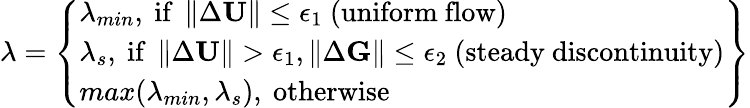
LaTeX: \lambda=\left\{ \begin{array}{l}{\lambda_{min},\mathrm{~if~}\left\| \Delta\textbf{U}\right\| \leq\epsilon_{1}\mathrm{~(uniform~flow)}}\\ {\lambda_{s},\mathrm{~if~}\left\| \Delta\textbf{U}\right\| >\epsilon_{1},\left\| \Delta\textbf{G}\right\| \leq\epsilon_{2}\mathrm{~(steady~discontinuity)}}\\ {max(\lambda_{min},\lambda_{s}),\mathrm{~otherwise}}\end{array}\right\}